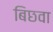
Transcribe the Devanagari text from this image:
बिछवा